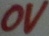
Text: 0V